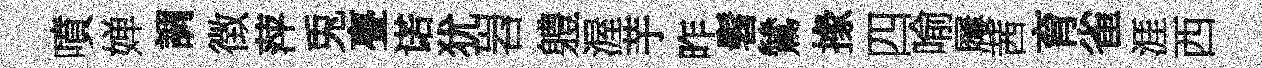
噴婵調徴萍兎亹诺犹岧軆渥芋昨髫鷥掾四喻屨茜育雀涯西